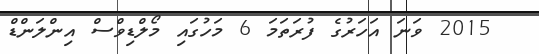
2015 ވަނަ އަހަރުގެ ފުރަތަމަ 6 މަހުގައި މޯލްޑިވްސް އިންލަންޑް